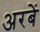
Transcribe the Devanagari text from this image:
अरबें